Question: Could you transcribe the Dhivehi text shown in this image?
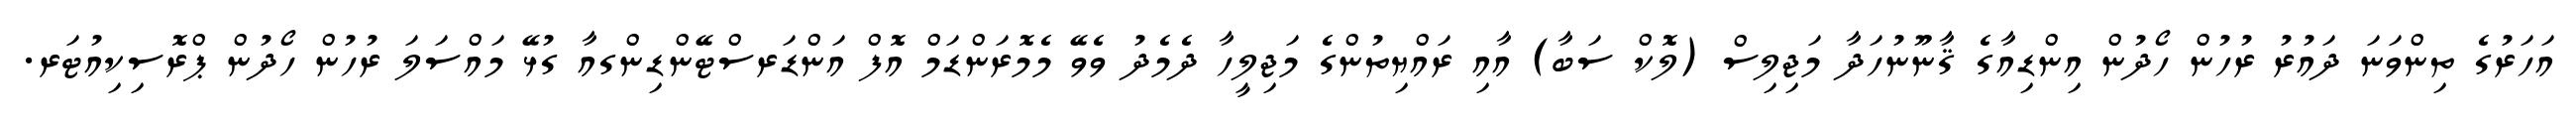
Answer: އަހަރުގެ ތިންވަނަ ދައުރު ރުހުން ހޯދުން އިންޑިއާގެ ޤާނޫނުހަދާ މަޖިލިސް (ލޮކް ސަބާ) އާއި ރައްޔިތުންގެ މަޖިލީހާ ދެމެދު ވެވޭ މެމޮރަންޑަމް އޮފް އަންޑަރސްޓޭންޑިންގއާ ގުޅޭ މައްސަލަ ރުހުން ހޯދުން ޕްރޮސިކިއުޓަރ.